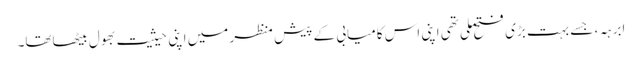
ابرہہ، جسے بہت بڑی فتح ملی تھی اپنی اس کامیابی کے پیش منظر میں اپنی حیثیت بھول بیٹھاتھا۔